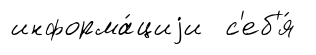
информа́циjи с'еб'я́